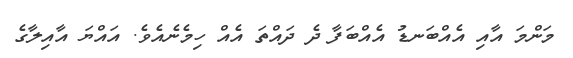
މަންމަ އާއި އެއްބަނޑު އެއްބަފާ ދެ ދައްތަ އެއް ހިމެނެއެވެ. އައްޔަ އާއިލާގެ